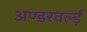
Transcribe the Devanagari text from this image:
अण्डरवर्ल्ड़